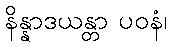
နိန္နာဒယန္တာ ပဝနံ၊